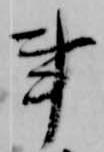
事